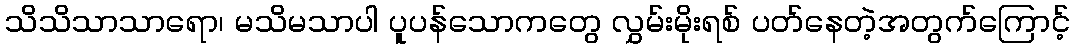
သိသိသာသာရော၊ မသိမသာပါ ပူပန်သောကတွေ လွှမ်းမိုးရစ် ပတ်နေတဲ့အတွက်ကြောင့်